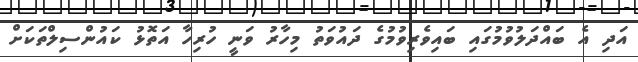
އަދި އެ ބައްދަލުވުމުގައި ބައިވެރިވުމުގެ ދައުވަތު މިހާރު ވަނީ ހުރިހާ އަތޮޅު ކައުންސިލްތަކަށް